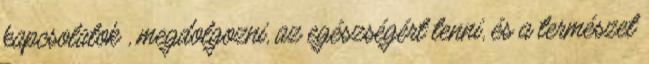
kapcsolatok , megdolgozni, az egészségért tenni, és a természet